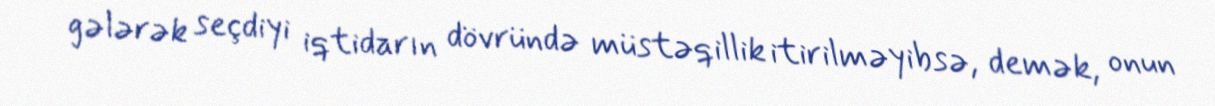
gələrək seçdiyi iqtidarın dövründə müstəqillik itirilməyibsə, demək, onun